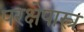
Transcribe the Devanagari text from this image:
परक्षेपास्त्र